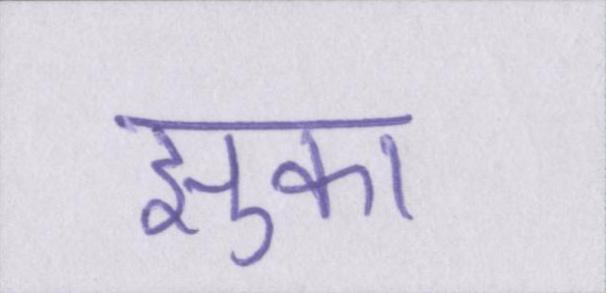
झुका